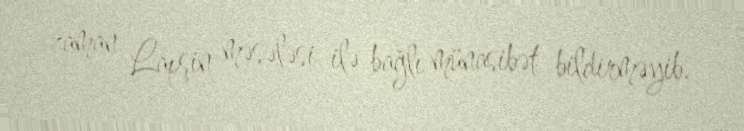
zaman Lapşin məsələsi ilə bağlı münasibət bildirməyib.